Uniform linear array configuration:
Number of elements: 48
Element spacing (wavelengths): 1
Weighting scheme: hann
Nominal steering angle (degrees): -45
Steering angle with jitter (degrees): -46.001
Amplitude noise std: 0.05
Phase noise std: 0.05

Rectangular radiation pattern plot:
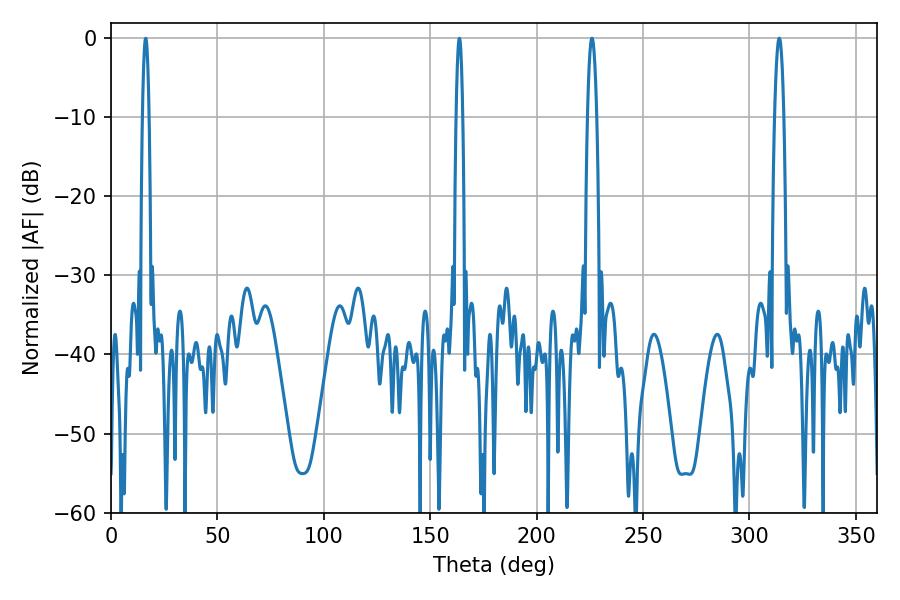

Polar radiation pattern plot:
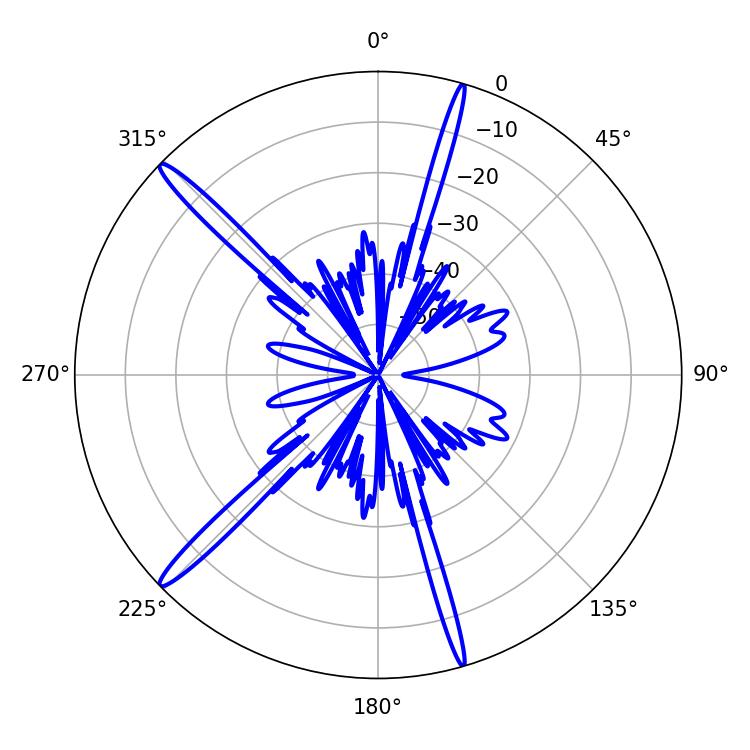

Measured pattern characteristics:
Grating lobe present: TRUE
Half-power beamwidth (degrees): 2.34
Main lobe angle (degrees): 313.92